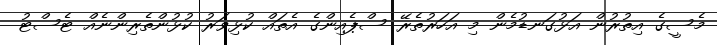
މެސީގެ އިތުުރުން އަޅުގަނޑުމެން މި އަހަރުތެރޭ ސްޕެއިންގެ އެތައް ކުޅިވަރު ކުޅުންތެރިންނެއް ޓެސްޓު